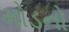
મોડનો